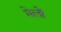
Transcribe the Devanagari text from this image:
मेलोें